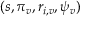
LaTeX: ( s , \pi _ { v } , r _ { i , v } , \psi _ { v } )